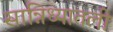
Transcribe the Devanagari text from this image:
सान्निध्यातली